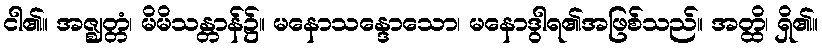
ငါ၏။ အဇ္ဈတ္တံ၊ မိမိသန္တာန်၌။ မနောသန္ဒောသော၊ မနောဒွါရ၏အဖြစ်သည်။ အတ္ထိ၊ ရှိ၏။